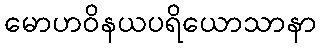
မောဟဝိနယပရိယောသာနာ